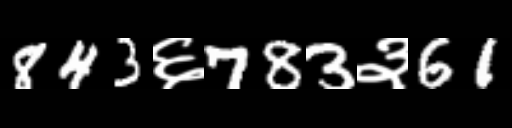
Text: 843६783३61